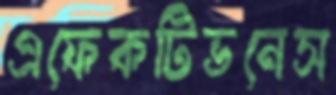
এফেকটিভনেস